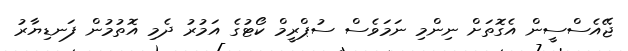
ޖޭއެސްސީން އެގޮތަށް ނިންމި ނަމަވެސް ސުޕްރީމް ކޯޓުގެ އަމުރު ދެމި އޮތުމުން ފަނޑިޔާރު